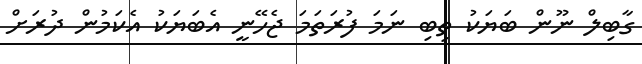
ގާބިލް ނޫން ބަޔަކު ތިބި ނަމަ ފުރަތަމަ ޖެހޭނީ އެބަޔަކު އެކަމުން ދުރަށް